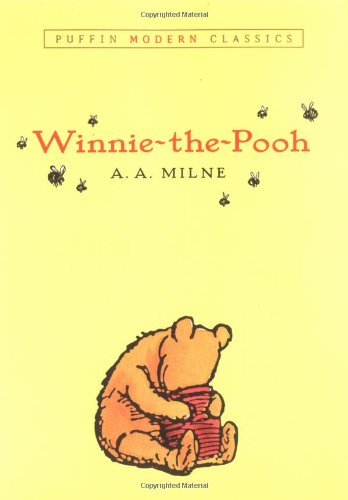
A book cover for Winnie-the-Pooh (Puffin Modern Classics); A.A. Milne; Children's Books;